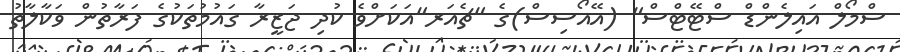
ސްމޯލް އައިލެންޑް ސްޓޭޓްސް" (އޭއޯސިސް)ގެ "ޗެއަރ"އަކަށްވެ ކުދި ޖަޒީރާ ގައުމުތަކުގެ ފަރާތުން ވަކާލާތު